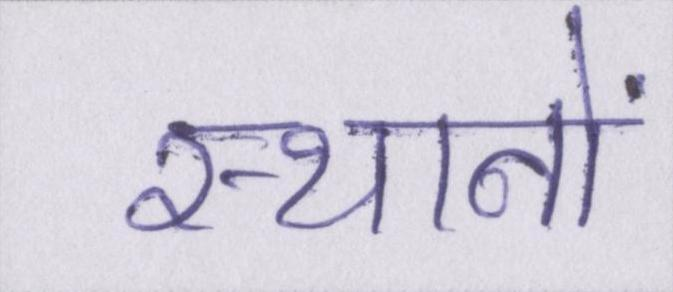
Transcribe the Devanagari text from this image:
स्थानों